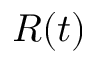
R ( t )